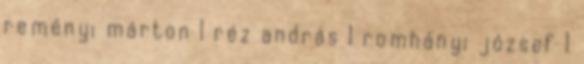
reményi márton 1 réz andrás 1 romhányi józsef 1